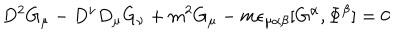
D ^ { 2 } G _ { \mu } - D ^ { \nu } D _ { \mu } G _ { \nu } + m ^ { 2 } G _ { \mu } - m \epsilon _ { \mu \alpha \beta } [ G ^ { \alpha } , \Phi ^ { \beta } ] = 0